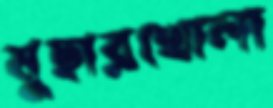
মুছারখোলা